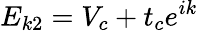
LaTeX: E_{k2}=V_{c}+t_{c}e^{ik}